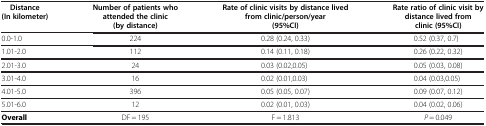
<table><thead><tr><td><b>Distance (In kilometer)</b></td><td><b>Number of patients who attended the clinic (by distance)</b></td><td><b>Rate of clinic visits by distance lived from clinic/person/year (95%CI)</b></td><td><b>Rate ratio of clinic visit by distance lived from clinic (95%CI)</b></td></tr></thead><tbody><tr><td>0.0-1.0</td><td>224</td><td>0.28 (0.24, 0.33)</td><td>0.52 (0.37, 0.7)</td></tr><tr><td>1.01-2.0</td><td>112</td><td>0.14 (0.11, 0.18)</td><td>0.26 (0.22, 0.32)</td></tr><tr><td>2.01-3.0</td><td>24</td><td>0.03 (0.02,0.05)</td><td>0.05 (0.03, 0.08)</td></tr><tr><td>3.01-4.0</td><td>16</td><td>0.02 (0.01,0.03)</td><td>0.04 (0.03,0.05)</td></tr><tr><td>4.01-5.0</td><td>396</td><td>0.05 (0.05, 0.07)</td><td>0.09 (0.07, 0.12)</td></tr><tr><td>5.01-6.0</td><td>12</td><td>0.02 (0.01, 0.03)</td><td>0.04 (0.02, 0.06)</td></tr><tr><td><b>Overall</b></td><td>DF = 195</td><td>F = 1.813</td><td><i>P</i> = 0.049</td></tr></tbody></table>